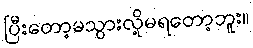
ပြီးတော့မသွားလို့မရတော့ဘူး။